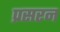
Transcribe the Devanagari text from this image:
प्रसरन